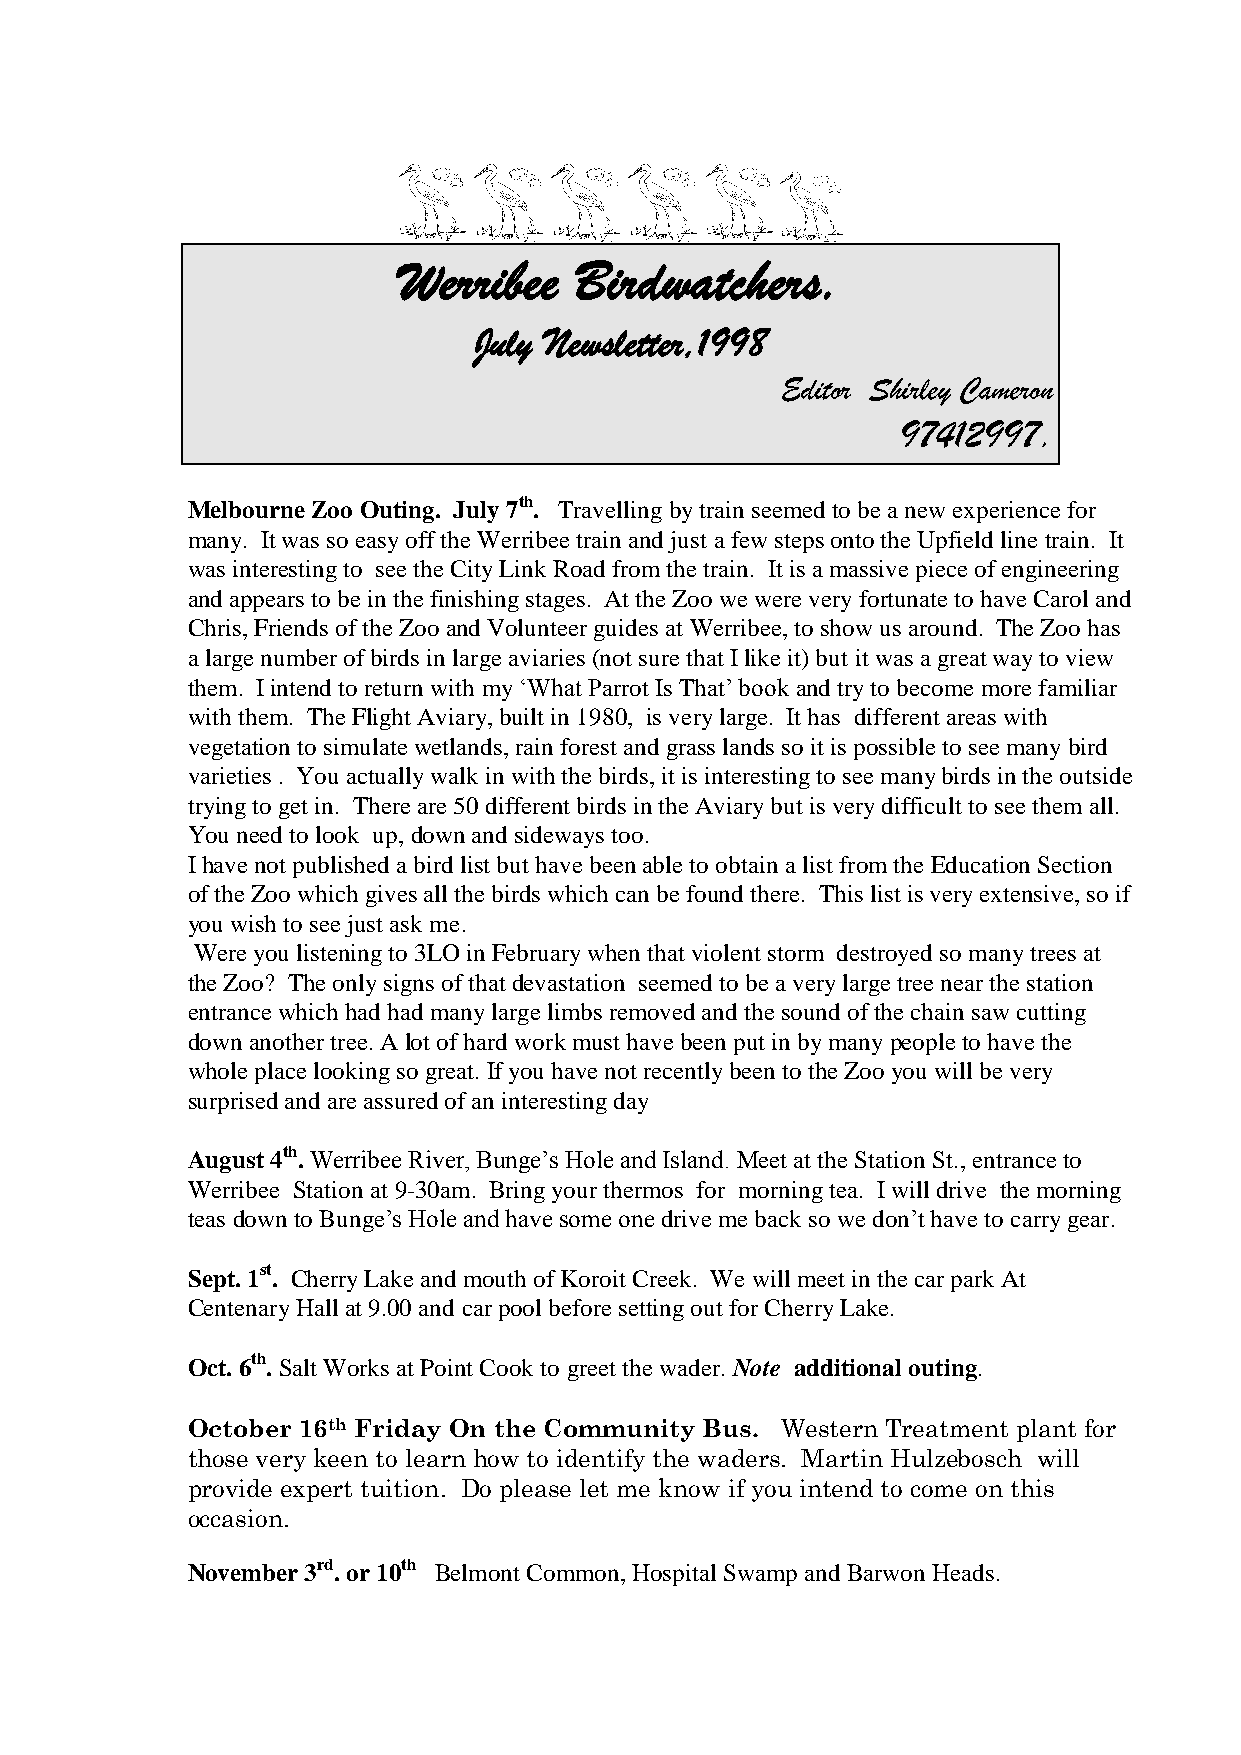
Werribee    Birdwatchers.
 July Newsletter,1998
 Editor Shirley Cameron
 97412997.
 Melbourne Zoo Outing. July 7th. Travelling by train seemed to be a new experience for
 many. It was so easy off the Werribee train and just a few steps onto the Upfield line train. It
 was interesting to see the City Link Road from the train. It is a massive piece of engineering
 and appears to be in the finishing stages. At the Zoo we were very fortunate to have Carol and
 Chris, Friends of the Zoo and Volunteer guides at Werribee, to show us around. The Zoo has
 a large number of birds in large aviaries (not sure that I like it) but it was a great way to view
 them. I intend to return with my ‘What Parrot Is That’ book and try to become more familiar
 with them. The Flight Aviary, built in 1980, is very large. It has different areas with
 vegetation to simulate wetlands, rain forest and grass lands so it is possible to see many bird
 varieties . You actually walk in with the birds, it is interesting to see many birds in the outside
 trying to get in. There are 50 different birds in the Aviary but is very difficult to see them all.
 You need to look up, down and sideways too.
 I have not published a bird list but have been able to obtain a list from the Education Section
 of the Zoo which gives all the birds which can be found there. This list is very extensive, so if
 you wish to see just ask me.
 Were you listening to 3LO in February when that violent storm destroyed so many trees at
 the Zoo? The only signs of that devastation seemed to be a very large tree near the station
 entrance which had had many large limbs removed and the sound of the chain saw cutting
 down another tree. A lot of hard work must have been put in by many people to have the
 whole place looking so great. If you have not recently been to the Zoo you will be very
 surprised and are assured of an interesting day
 August 4th. Werribee River, Bunge’s Hole and Island. Meet at the Station St., entrance to
 Werribee Station at 9-30am. Bring your thermos for morning tea. I will drive the morning
 teas down to Bunge’s Hole and have some one drive me back so we don’t have to carry gear.
 Sept. 1st. Cherry Lake and mouth of Koroit Creek. We will meet in the car park At
 Centenary Hall at 9.00 and car pool before setting out for Cherry Lake.
 Oct. 6th. Salt Works at Point Cook to greet the wader. Note additional outing.
 October 16th Friday On the Community Bus. Western Treatment plant for
 those very keen to learn how to identify the waders. Martin Hulzebosch will
 provide expert tuition. Do please let me know if you intend to come on this
 occasion.
 November 3rd. or 10th Belmont Common, Hospital Swamp and Barwon Heads.